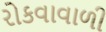
રોકવાવાળી